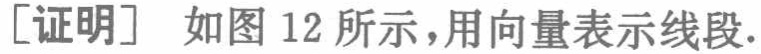
[证明] 如图12所示，用向量表示线段.